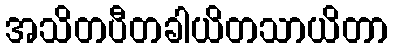
အသိတပီတခါယိတသာယိတာ